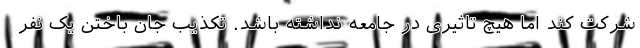
شرکت کند اما هیچ تاثیری در جامعه نداشته باشد. تکذیب جان باختن یک نفر